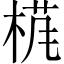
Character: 𱣩